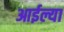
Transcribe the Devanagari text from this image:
आईल्या